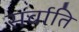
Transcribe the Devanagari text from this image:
सर्वाति